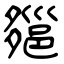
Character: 郺